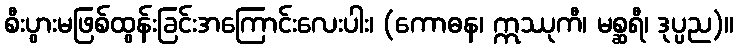
စီးပွားမဖြစ်ထွန်းခြင်းအကြောင်းလေးပါး၊ (ကောဓန၊ ဣဿုကီ၊ မစ္ဆရီ၊ ဒုပ္ပည)။